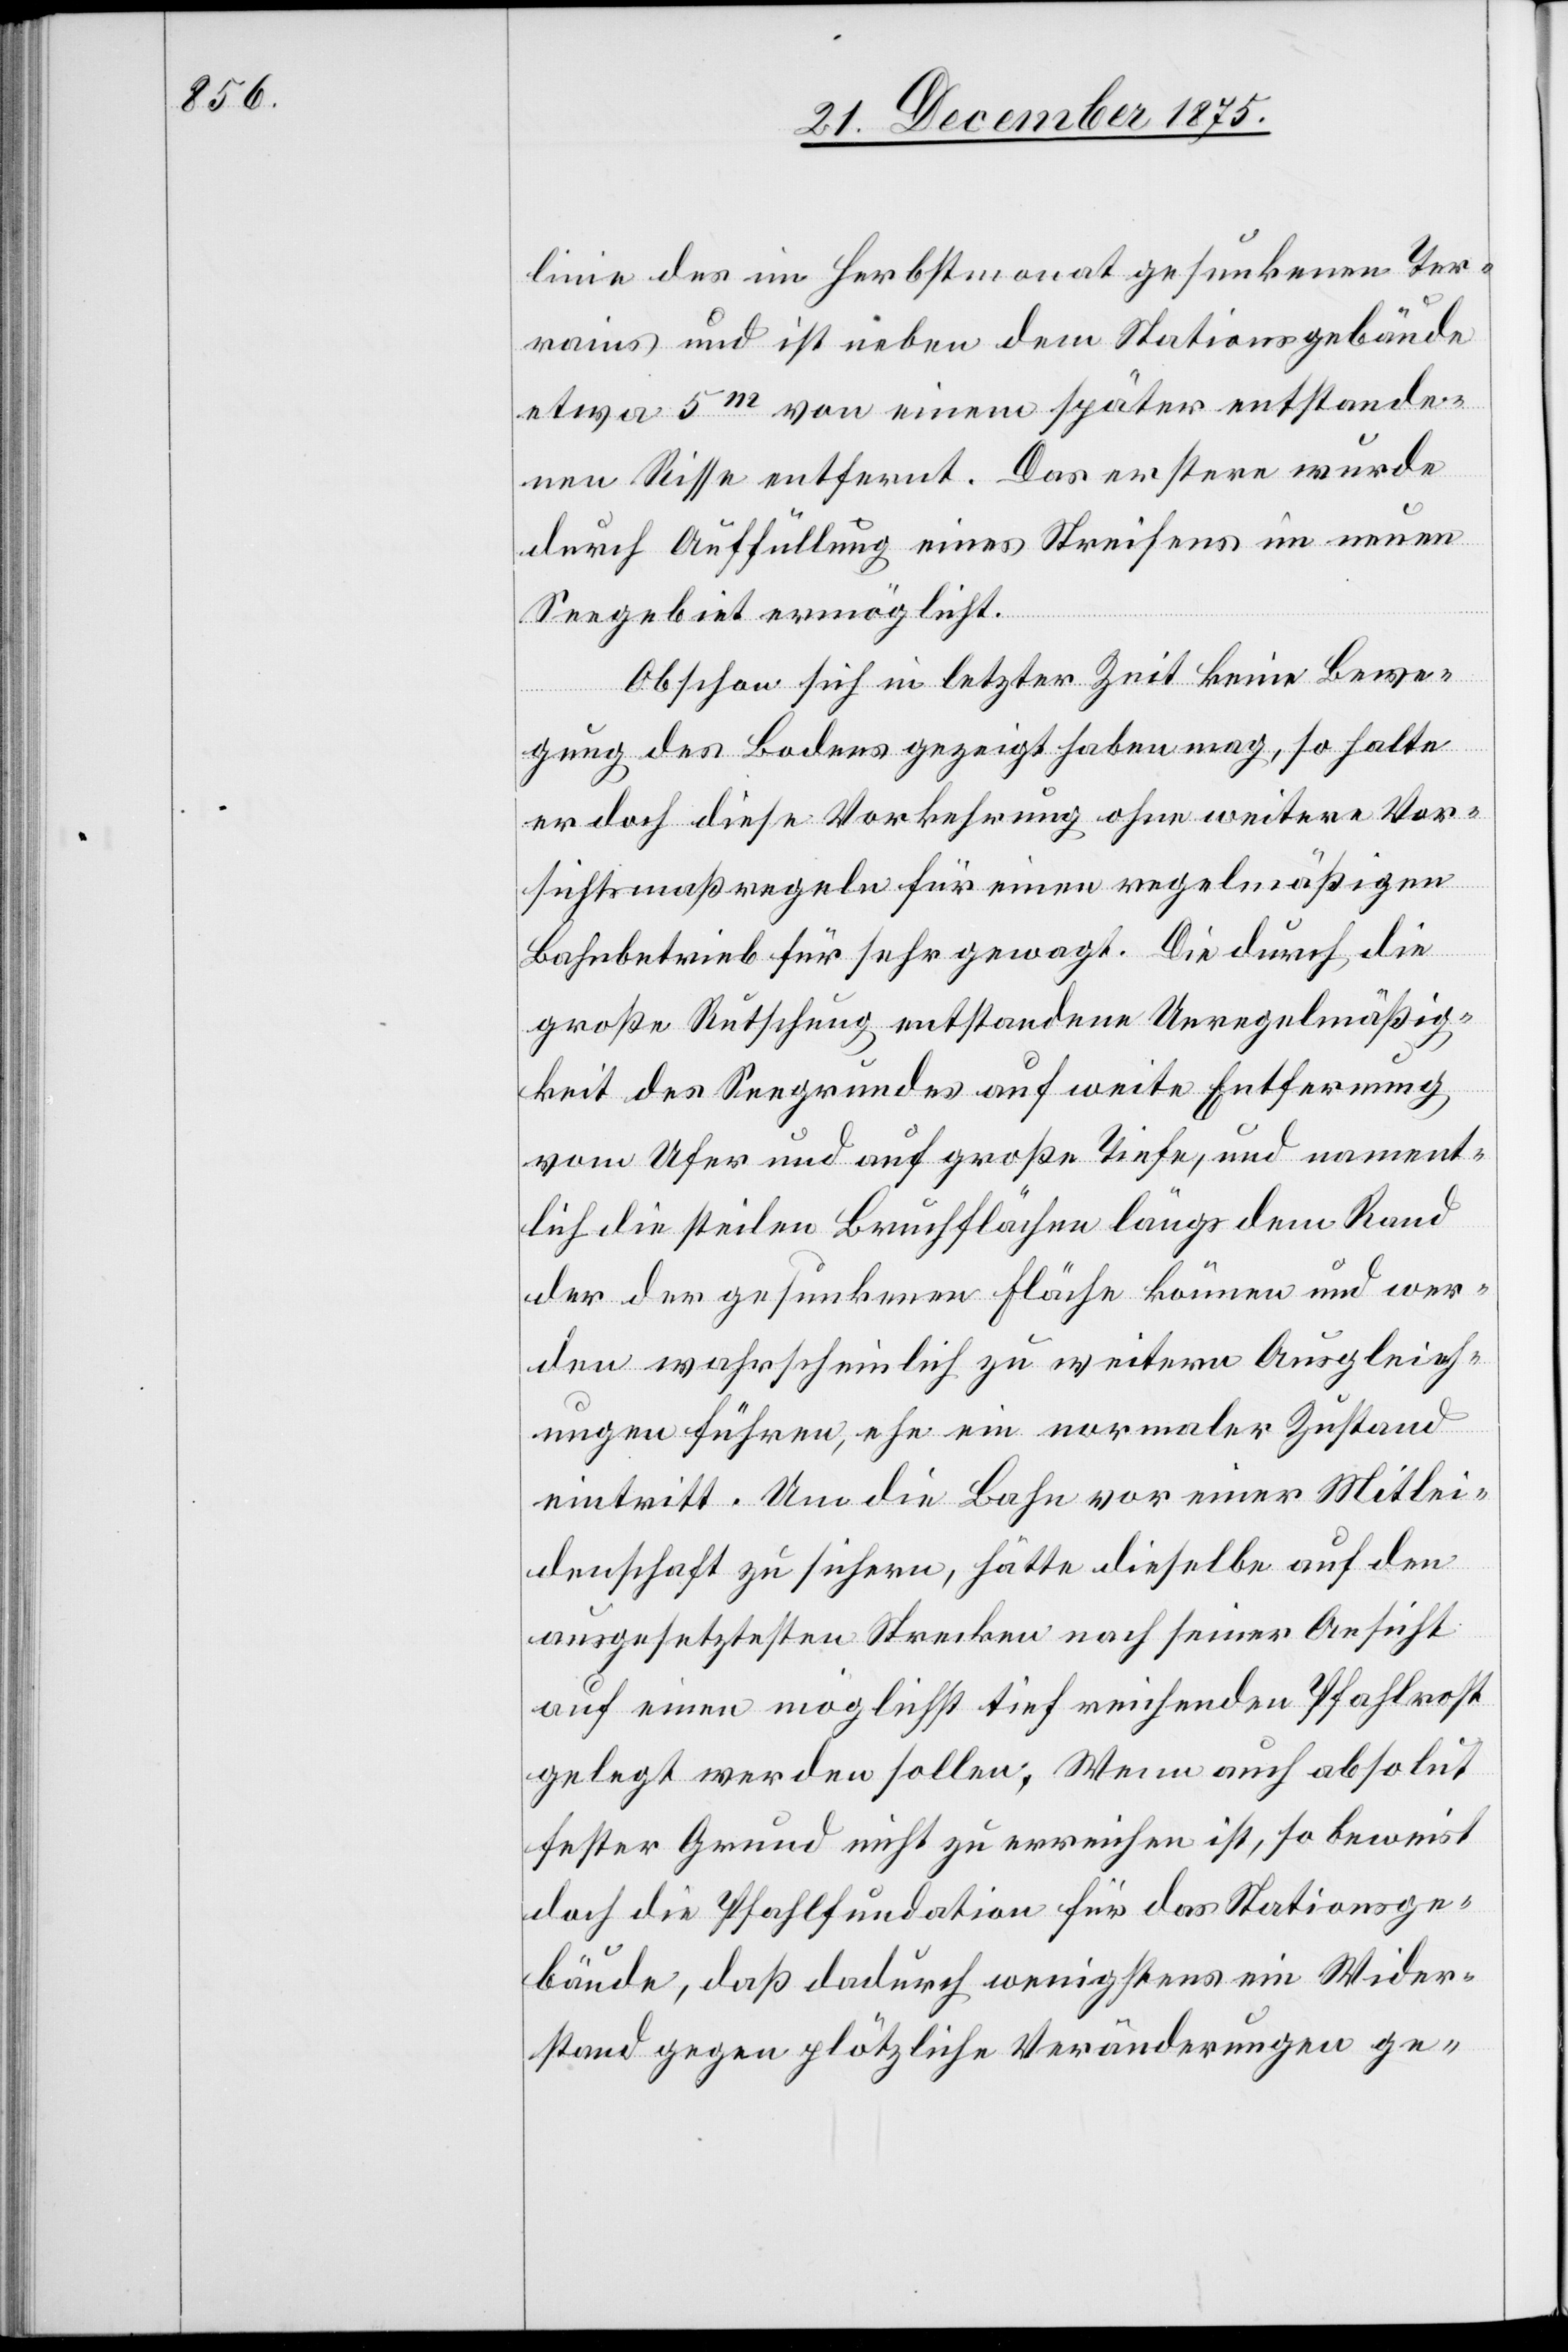
linie des im Herbstmonat gesunkenen Ter¬
rains und ist eben dem Stationsgebäude
etwa 5m von einem später entstande¬
nen Risse entfernt. Der erstere wurde
durch Auffüllung eines Streifens im neuen
Seegebiet ermöglicht.
Obschon sich in letzter Zeit keine Bewe¬
gung des Bodens gezeigt haben mag, so halte
er doch diese Vorkehrung ohne weitere Vor¬
sichtsmaßregeln für einen regelmäßigen
Bahnbetrieb für sehr gewagt. Die durch die
große Rutschung entstandene Unregelmäßig¬
keit des Seegrundes auf weite Entfernung
vom Ufer und auf große Tiefe, und nament¬
lich die steilen Bruchflächen längs dem Rand
der der gesunkenen Fläche können und wer¬
den wahrscheinlich zu weitern Ausgleich¬
ungen führen, ehe ein normaler Zustand
eintritt. Um die Bahn vor einer Mitlei¬
denschaft zu sichern, hätte dieselbe auf den
ausgesetztesten Strecken nach seiner Ansicht
auf einen möglichst tief reichenden Pfahlrost
gelegt werden sollen. Wenn auch absolut
fester Grund nicht zu erreichen ist, so beweist
doch die Pfahlfundation für das Stationsge¬
bäude, daß dadurch wenigstens ein Wider¬
stand gegen plötzliche Veränderungen ge-